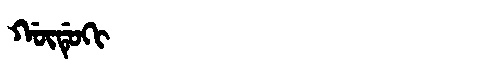
Manchu: ᡤᡡᡩᡠᡴᡳ
Romanization: GŪDUKI